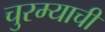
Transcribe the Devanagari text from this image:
चुरम्याची